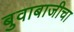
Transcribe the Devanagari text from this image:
बुवाबाजीचा